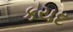
કયદ